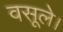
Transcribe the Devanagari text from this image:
वसूले।